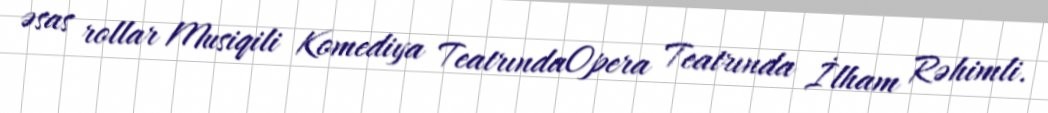
əsas rollar Musiqili Komediya TeatrındaOpera Teatrında İlham Rəhimli.